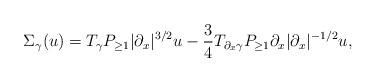
LaTeX: \begin{align*}\Sigma_\gamma(u) = T_\gamma P_{\geq 1}|\partial_x|^{3/2} u - \frac{3}{4} T_{\partial_x \gamma} P_{\geq 1}\partial_x |\partial_x|^{-1/2} u ,\end{align*}